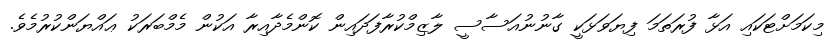
މިކަމަށްޓަކައި އަޅާ ފުރަތަމަ ފިޔަވަޅަކީ ގާނުނުއަސާސީ ލާޒިމްކުރާފަދައިން ކޮންމެދާއިރާ އަކުން މެމްބަރަކު ޢައްޔަންކުރުމެވެ.